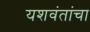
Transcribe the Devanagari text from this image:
यशवंतांचा